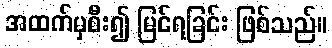
အထက်မှစီး၍ မြင်ရခြင်း ဖြစ်သည်။